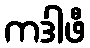
ကဒါဖီ